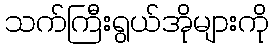
သက်ကြီးရွယ်အိုများကို